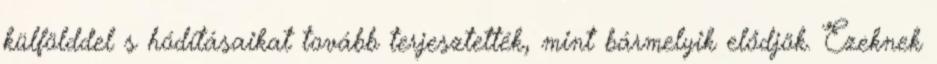
külfölddel s hódításaikat tovább terjesztették, mint bármelyik elődjök. Ezeknek